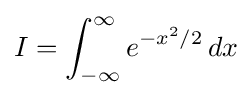
I=\int _{-\infty }^{\infty }e^{-x^{2}/2}\,dx